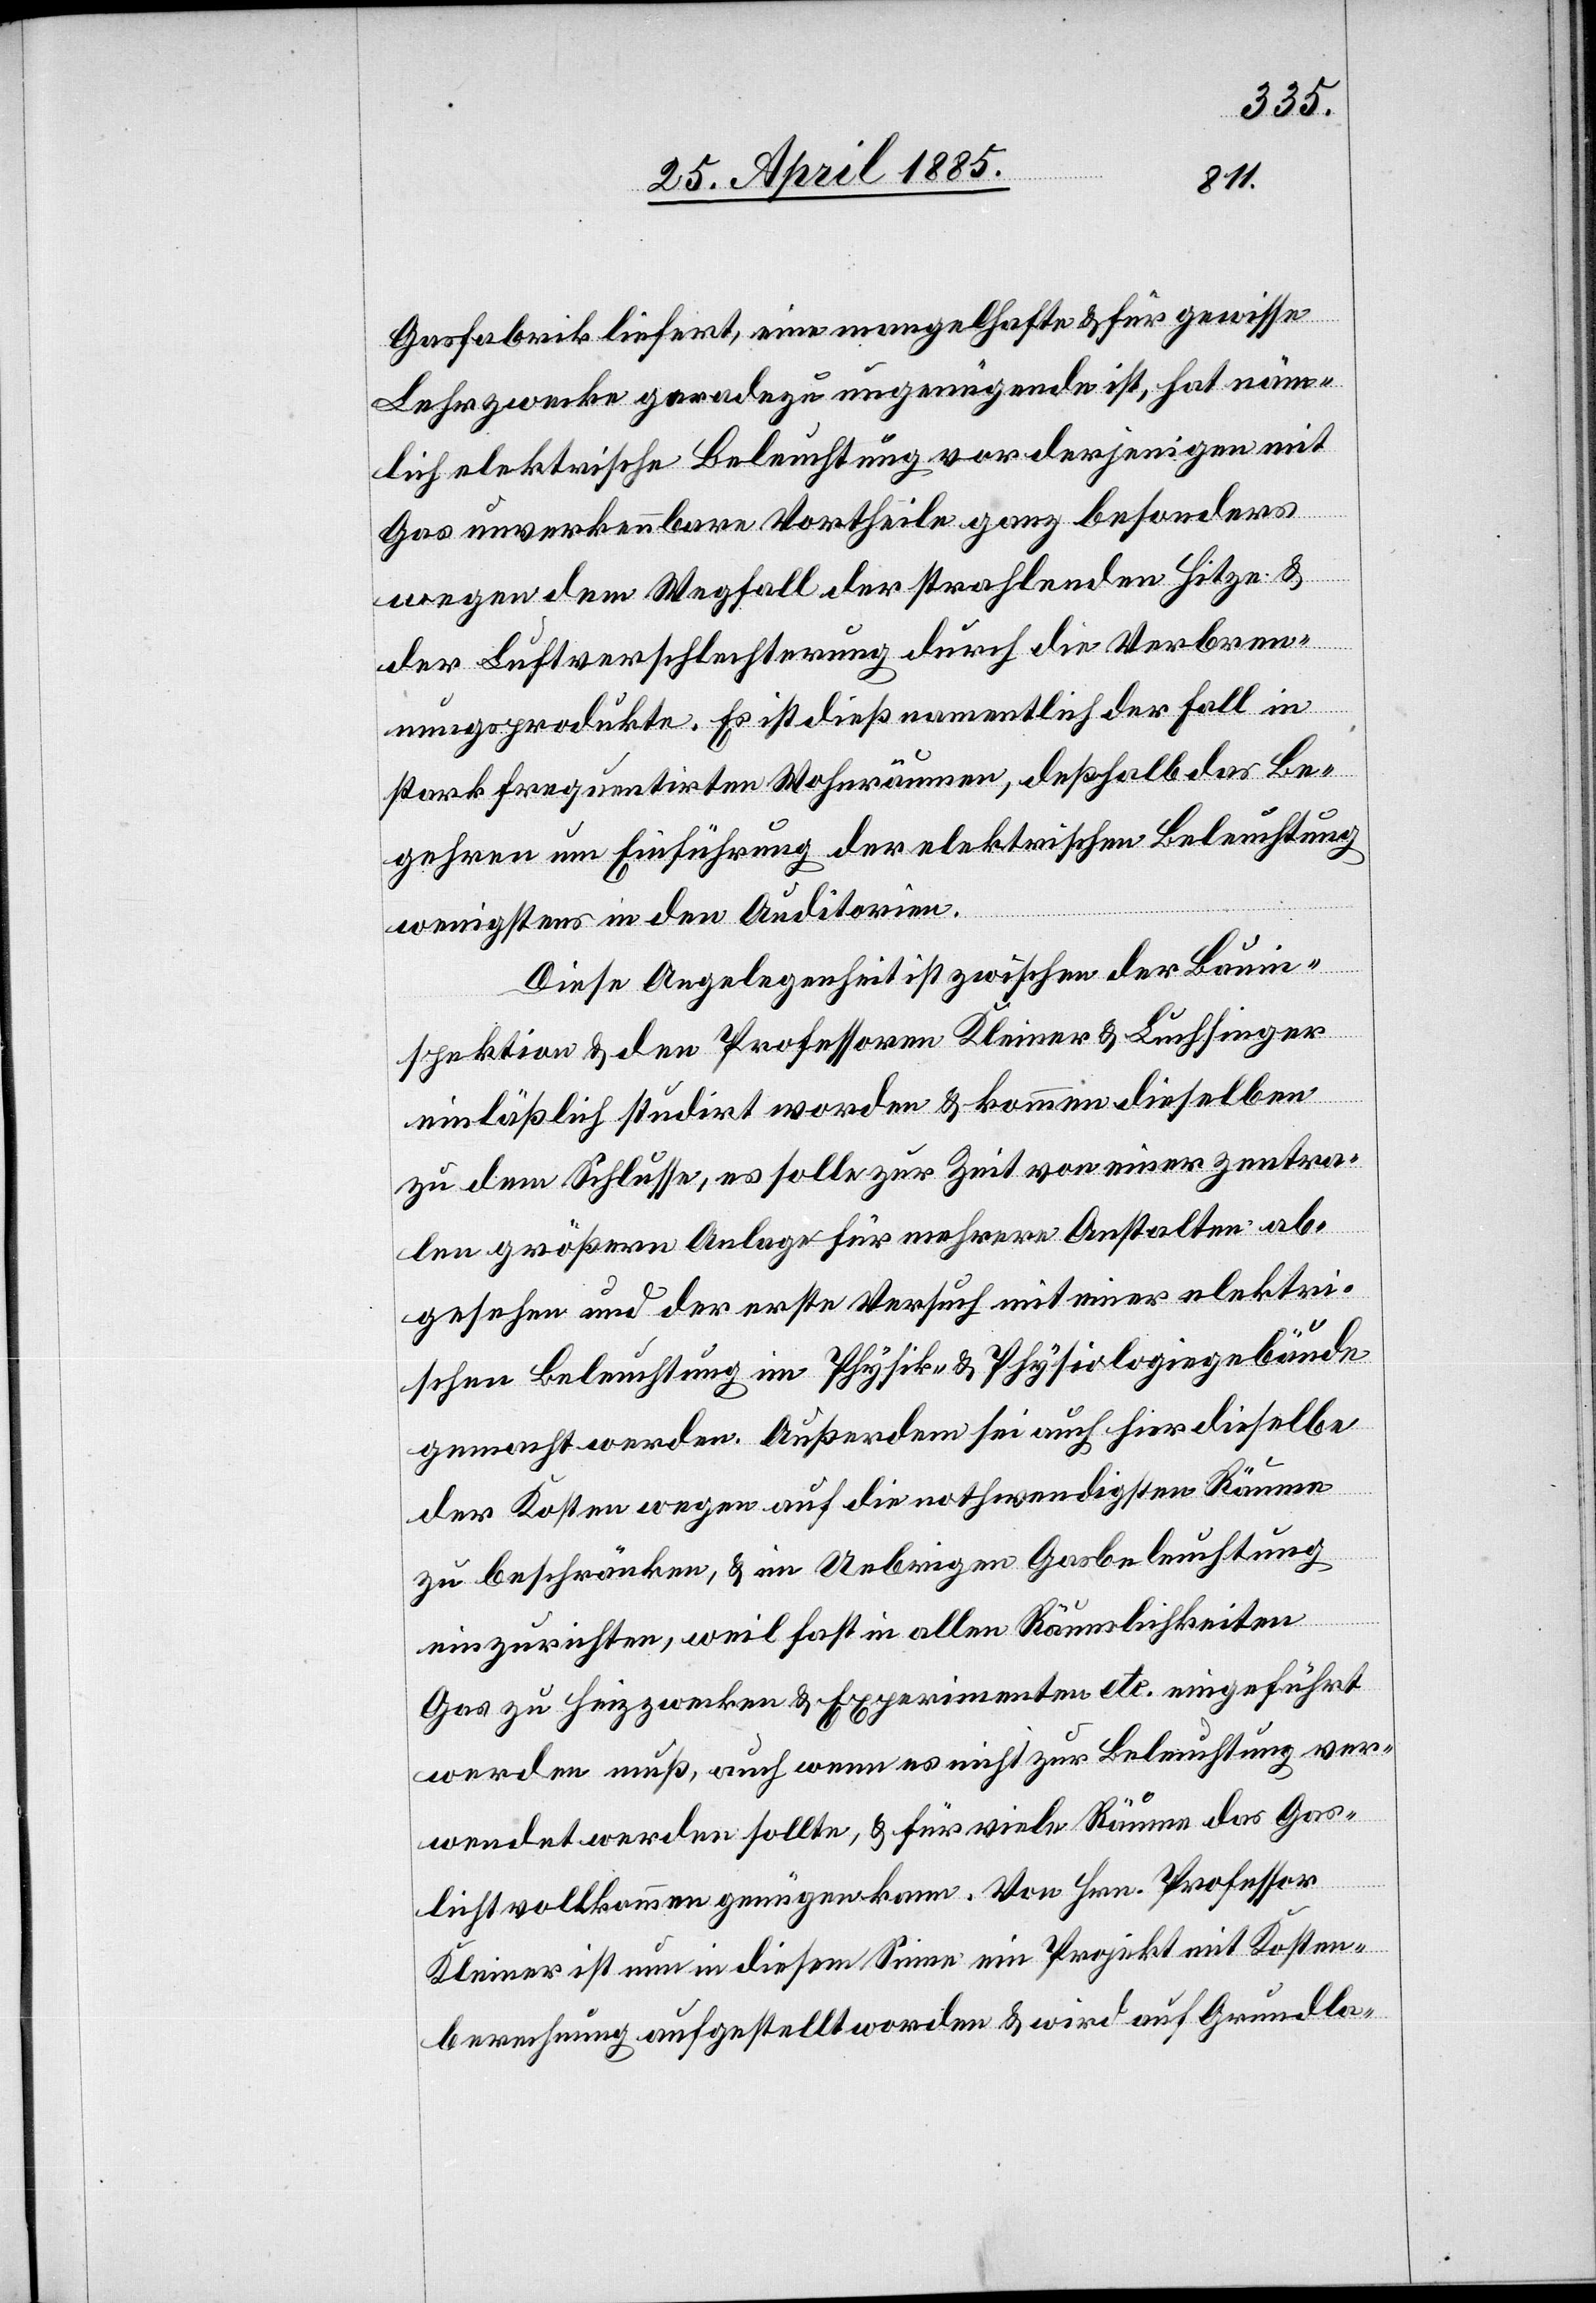
Gasfabrik liefert, eine mangelhafte & für gewisse
Lehrzwecke geradezu ungenügende ist, hat näm¬
lich elektrische Beleuchtung vor derjenigen mit
Gas unverkennbare Vortheile ganz besonders
wegen dem Wegfall der strahlenden Hitze &
der Luftverschlechterung durch die Verbren¬
nungsprodukte. Es ist dieß namentlich der Fall in
stark frequentirten Wohnräumen, deßhalb das Be¬
gehren um Einführung der elektrischen Beleuchtung
wenigstens in den Auditorien.
Die Angelegenheit ist zwischen der Bauin¬
spektion & den Professoren Kleiner & Luchsinger
einläßlich studirt worden & kommen dieselben
zu dem Schlusse, es solle zur Zeit von einer zentra¬
len größern Anlage für mehrere Anstalten ab¬
gesehen und der erste Versuch mit einer elektri¬
schen Beleuchtung im Physik- & Physiologiegebäude
gemacht werden. Außerdem sei auch hier dieselbe
der Kosten wegen auf die nothwendigsten Räume
zu beschränken, & im Uebrigen Gasbeleuchtung
einzurichten, weil fast in allen Räumlichkeiten
Gas zu Heizzwecken & Experimenten etc. eingeführt
werden muß, auch wenn es nicht zur Beleuchtung ver¬
wendet werden sollte, & für viele Räume das Gas¬
licht vollkommen genügen kann. Von Hrn. Professor
Kleiner ist nun in diesem Sinne ein Projekt mit Kosten¬
berechnung aufgestellt worden & wird auf Grundla-